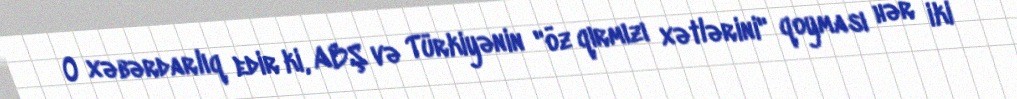
O xəbərdarlıq edir ki, ABŞ və Türkiyənin "öz qırmızı xətlərini" qoyması hər iki